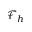
\mathcal { F } _ { h }